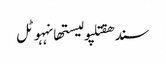
سندھقتلپولیستھانہہوٹل